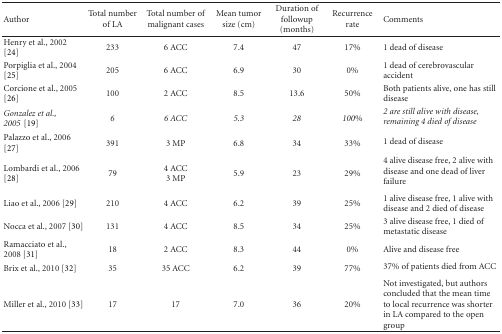
| Author | Total number of LA | Total number of malignant cases | Mean tumor size (cm) | Duration of followup (months) | Recurrence rate | Comments |
 | --- | --- | --- | --- | --- | --- | --- |
 | Henry et al., 2002 [24] | 233 | 6 ACC | 7.4 | 47 | 17% | 1 dead of disease |
 | Porpiglia et al., 2004 [25] | 205 | 6 ACC | 6.9 | 30 | 0% | 1 dead of cerebrovascular accident |
 | Corcione et al., 2005 [26] | 100 | 2 ACC | 8.5 | 13.6 | 50% | Both patients alive, one has still disease |
 | Gonzalez et al., 2005[19] | 6 | 6 ACC | 5.3 | 28 | 100% | 2 are still alive with disease, remaining 4 died of disease |
 | Palazzo et al., 2006 [27] | 391 | 3 MP | 6.8 | 34 | 33% | 1 dead of disease |
 | Lombardi et al., 2006 [28] | 79 | 4 ACC3 MP | 5.9 | 23 | 29% | 4 alive disease free, 2 alive with disease and one dead of liver failure |
 | Liao et al., 2006 [29] | 210 | 4 ACC | 6.2 | 39 | 25% | 1 alive disease free, 1 alive with disease and 2 died of disease |
 | Nocca et al., 2007 [30] | 131 | 4 ACC | 8.5 | 34 | 25% | 3 alive disease free, 1 died of metastatic disease |
 | Ramacciato et al., 2008 [31] | 18 | 2 ACC | 8.3 | 44 | 0% | Alive and disease free |
 | Brix et al., 2010 [32] | 35 | 35 ACC | 6.2 | 39 | 77% | 37% of patients died from ACC |
 | Miller et al., 2010 [33] | 17 | 17 | 7.0 | 36 | 20% | Not investigated, but authors concluded that the mean time to local recurrence was shorter in LA compared to the open group |